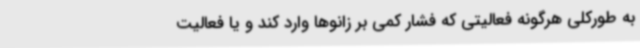
به طورکلی هرگونه فعالیتی که فشار کمی بر زانوها وارد کند و یا فعالیت